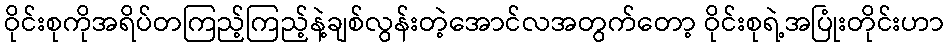
ဝိုင်းစုကိုအရိပ်တကြည့်ကြည့်နဲ့ချစ်လွန်းတဲ့အောင်လအတွက်တော့ ဝိုင်းစုရဲ့အပြုံးတိုင်းဟာ